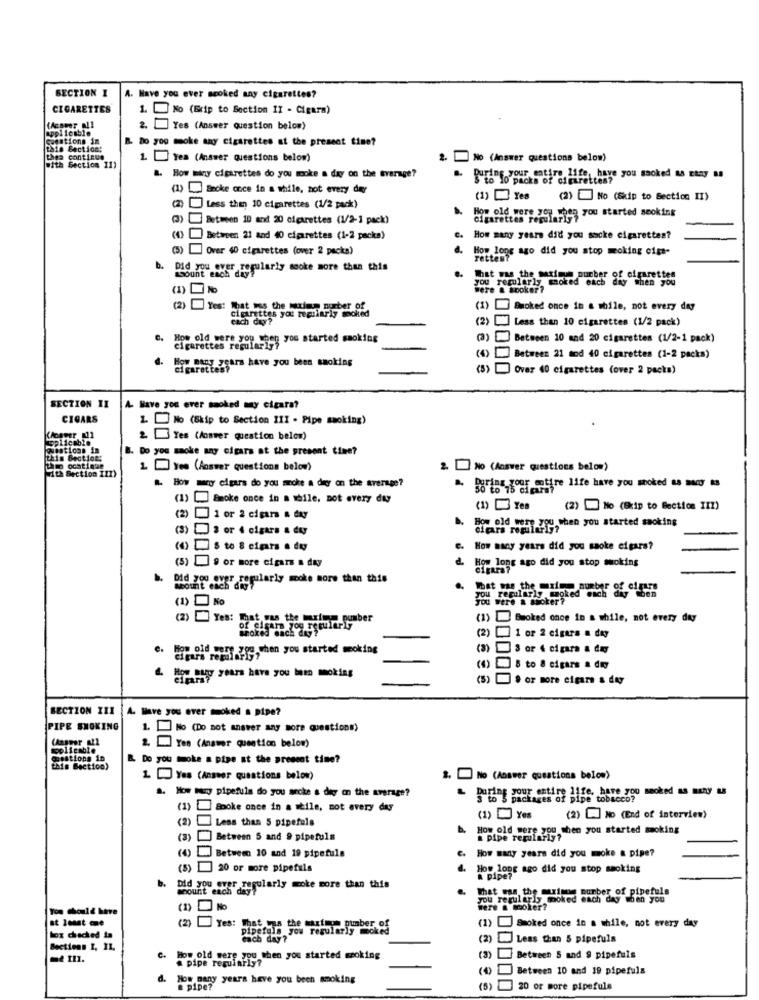
SECTION 1
A. Have you ever scoked any cigarettes?
CIGARETTES
1. No (Exip to Section II - Cigara)
2
applicable
Yes (Answer question below)
conations in
you moke any cigarettes at the present time?
this Section:
thes continue
1. Yes (Answer questions below)
2. No (Answer questions below)
with Section 11)
How miny cigarettes do you moke a day on the trerage?
your entire life, have you smoked as Etny 88
(1) Encke once in a while, not every der
(1) Yes
(2)[] No (Skip to Section II)
(2) Less than 10 cigarettes (1/2 pack)
HOYAFTER you started smoking
(3) Between 10 and 20 cigarettes (1/2-1 pack)
b. How old were z97 The
(4) Betimeen 21 and 40 cigarettes (1-2 packa)
c. How many years did you socke cigarettes?
(5)Over 40 cigarettes (over 2 packs)
How long ago did you stop moking cigs-
rettest
b.
Mount seraregularly sooke more than this
..
you regularly smoked each dio "then tes
That was the maximum number
were & sooker?
(2) Yes: What was the maximum number of
cigarettes you regularly smoked
(1) Smoked once in a while, not every day
each day?
(2) ] Less than 10 cigarettes (1/2 pack)
c. How old were you when you started smoking
(3)
Between 10 and 20 cigarettes (1/2-1 pack)
cigarettes regulariyi
How many years have you been smoking
(4)] Between 21 mod 40 cigarettes (1-2 packs)
Over 40 cigarettes (over 2 packs)
SECTION II
A. Have you ever smoked mo cigara?
CIGARS
1. No (Skip to Section 111 . Pipe smoking)
aplicable
2 Yes (Aosver question below)
Questions in
B. Do you smoke any cigars at the present time?
then ochtique
1 Yes (Answer questions below)
2. No (Answer questions below)
With Section III)
R. How many cigars do you mecke a diy on the average?
SoFies gour entire life have you smoked 88 BAC 83
(1) Smoke once in a while, not every day
(1) Yes
(2)No (Bip to Bection III)
(2) ] 1 or 2 cigars a day
ainda Foi yto be you started smoking
(3)3 or 4 cigars & duy
(4)S to 8 cigars . do
C. How many years did you saoke cigars?
How long ago did you stop smoking
(5) 9 or more cigars a day
cigara?
b. Did you over regularly moke more than this
.. What was the maximo number of cifre
you regularly, smoked ench
were a stoker?
(1) No
(2) Yes: mat was the muxima ou
(1) Smoked once in a while, not every day
(2) [ 1 or 2 cigars a day
e.
cigars roghi Ffa,Then you started moking
(3)3 or 4 cigara a duy
Hop muy years have you len moking
(4)8 to & cigars a dry
(5) . or more cigars & dey
SECTION INI
A. Have you ever moked a pipe?
PIPE SMOKING
1. No (Do not answer any more questions)
policable
Yes (Answer question below)
Questions in
R. Do you moke a pipe at the present time?
this Bection)
1 Yes (Answer questions below)
2. No (Answer questions below)
a. How to pipefuls do you arcke a dry on the average?
Baring your entire life, have you smoked as many as
e tobacco"
(1) Booke once in a mile, not every day
(2) Less than 5 pipefuls
(1) Yes
(2) NO (End of interview)
How old were you when you started smoking
(3) ] Between 5 and @ pipefuls
a pipe regularly?
(4)] Between 10 and 19 pipefuls
How many years did you moke a pipe?
(5) 20 or more pipefuls
How long ago did you stop smoking
b.
a pipe?
Did you ever regularly moke more than this
Mount each day
That was the maximum number of
moked each day when you"
You Should have
were & Cooker?
at least me
(2) Yes: That
pipetola Hod atthis number of
regularly moked
(1) Smoked once in a while, not every day
box checked ta
each day?
(2)
Less than 5 pipefuls
Sections 1, 31.
c. How old were you when you started smoking
a pipe regularly?
(3)
Between 5 and 9 pipefuls
Between 10 and 19 pipefuls
d. How many years have you been smoking
pipe?
(5) 20 or more pipefuls